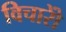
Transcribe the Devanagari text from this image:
विचारोें